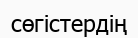
сөгістердің